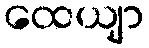
ထေယျာ